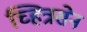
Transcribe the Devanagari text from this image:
च्हित्रसेन